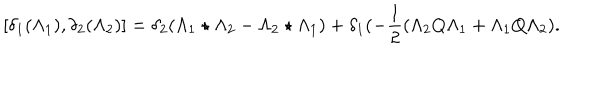
LaTeX: [ \delta _ { 1 } ( \Lambda _ { 1 } ) , \delta _ { 2 } ( \Lambda _ { 2 } ) ] = \delta _ { 2 } ( \Lambda _ { 1 } \star \Lambda _ { 2 } - \Lambda _ { 2 } \star \Lambda _ { 1 } ) + \delta _ { 1 } ( - \frac { 1 } { 2 } ( \Lambda _ { 2 } Q \Lambda _ { 1 } + \Lambda _ { 1 } Q \Lambda _ { 2 } ) .